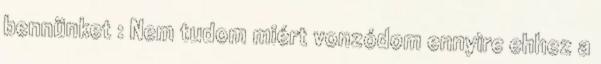
bennünket : Nem tudom miért vonzódom ennyire ehhez a